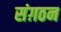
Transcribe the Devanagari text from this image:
संग़ठन